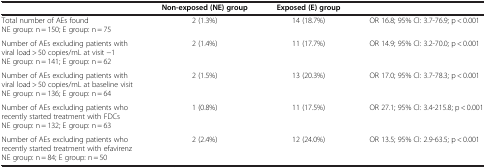
|  | Non-exposed (NE) group | Exposed (E) group |  |
 | --- | --- | --- | --- |
 | Total number of AEs found NE group: n = 150; E group: n = 75 | 2 (1.3%) | 14 (18.7%) | OR 16.8; 95% CI: 3.7-76.9; p< 0.001 |
 | Number of AEs excluding patients with viral load > 50 copies/mL at visit −1 NE group: n = 141; E group: n = 62 | 2 (1.4%) | 11 (17.7%) | OR 14.9; 95% CI: 3.2-70.0; p< 0.001 |
 | Number of AEs excluding patients with viral load > 50 copies/mL at baseline visit NE group: n = 136; E group: n = 64 | 2 (1.5%) | 13 (20.3%) | OR 17.0; 95% CI: 3.7-78.3; p< 0.001 |
 | Number of AEs excluding patients who recently started treatment with FDCs NE group: n = 132; E group: n = 63 | 1 (0.8%) | 11 (17.5%) | OR 27.1; 95% CI: 3.4-215.8; p< 0.001 |
 | Number of AEs excluding patients who recently started treatment with efavirenz NE group: n = 84; E group: n = 50 | 2 (2.4%) | 12 (24.0%) | OR 13.5; 95% CI: 2.9-63.5; p< 0.001 |